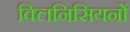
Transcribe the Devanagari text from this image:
क्लिनिसियनों